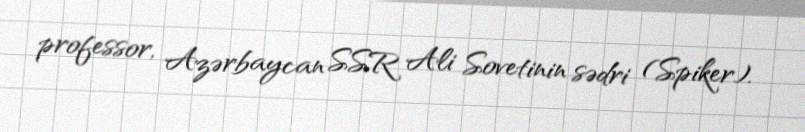
professor, Azərbaycan SSR Ali Sovetinin sədri (Spiker).